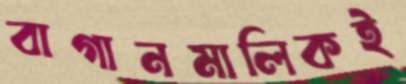
বাগানমালিকই